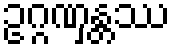
ဥဂ္ဂဏှန္တဿ